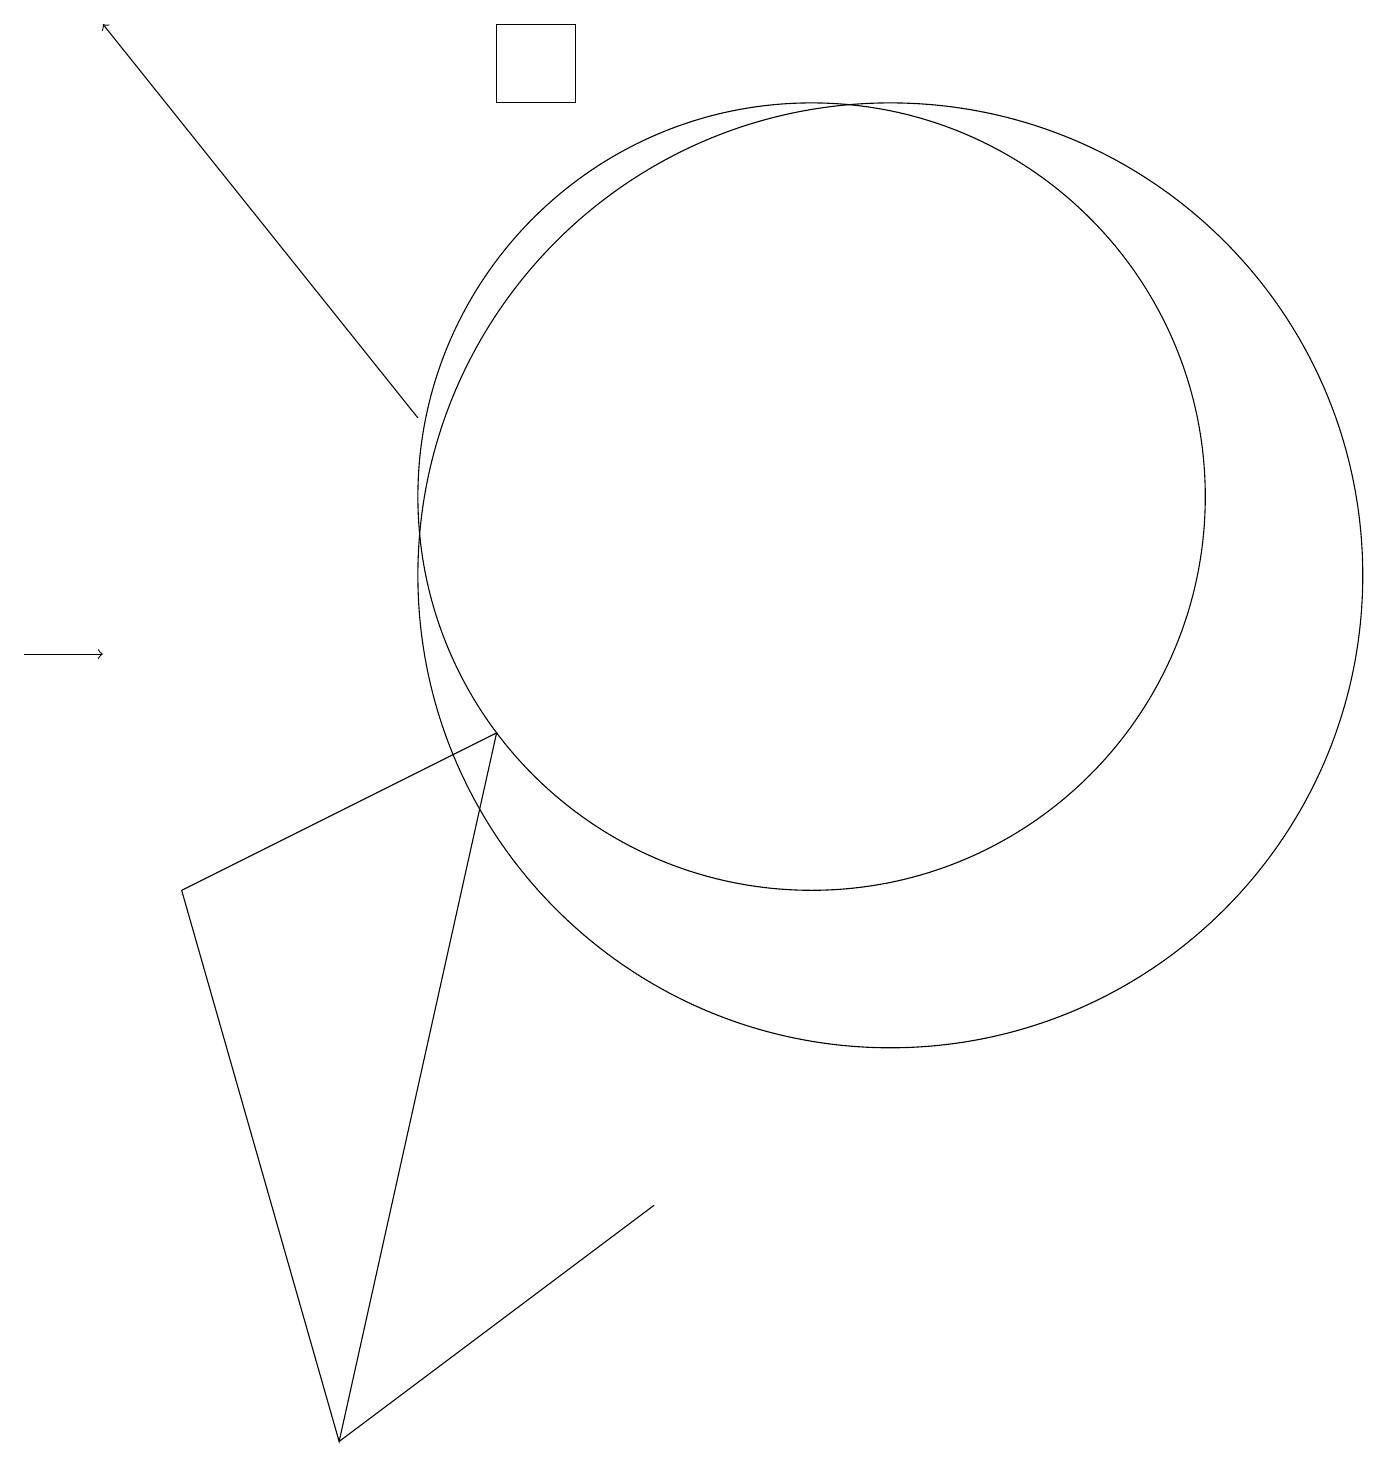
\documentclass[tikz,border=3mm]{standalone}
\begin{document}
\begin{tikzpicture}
\draw (6,9) -- (2,7) -- (4,0) -- cycle;
\draw[->] (0,10) -- (1,10);
\draw[->] (5,13) -- (1,18);
\draw (8,3) -- (4,0) -- (4,0) -- cycle;
\draw (7,18) rectangle (6,17);
\draw (10,12) circle (5);
\draw (11,11) circle (6);
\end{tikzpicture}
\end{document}